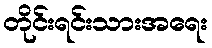
တိုင်းရင်းသားအရေး